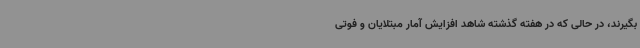
بگیرند، در حالی که در هفته گذشته شاهد افزایش آمار مبتلایان و فوتی